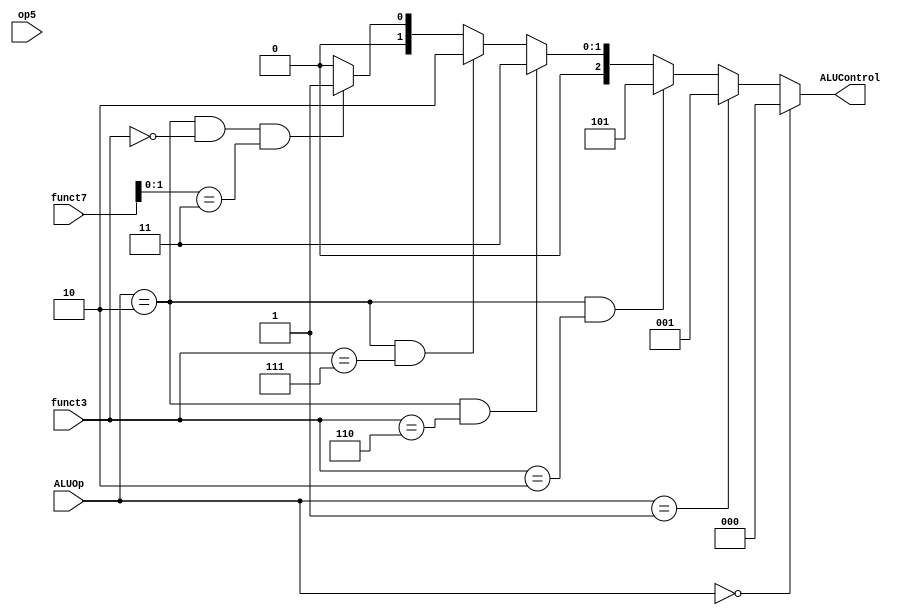
module alu_decoder( ALUOp, op5, funct3, funct7, ALUControl);
    input [6:0]op5, funct7;
    input [2:0]funct3;
    input [1:0] ALUOp;
    output [2:0]ALUControl;

    

    //interim wire
    wire [1:0]concatenation;

    assign concatenation = {op5, funct7};

    assign ALUControl = (ALUOp == 2'b00) ? 3'b000 :
                        (ALUOp == 2'b01) ? 3'b001 :
                        ((ALUOp == 2'b10) & (funct3 == 3'b010)) ? 3'b101 :
                        ((ALUOp == 2'b10) & (funct3 == 3'b110)) ? 3'b011 :
                        ((ALUOp == 2'b10) & (funct3 == 3'b111)) ? 3'b010 :
                        ((ALUOp == 2'b10) & (funct3 == 3'b000) & (concatenation == 2'b11)) ? 3'b001 :
                        ((ALUOp == 2'b10) & (funct3 == 3'b000) & (concatenation != 2'b11)) ? 3'b000 : 3'b000; 
endmodule